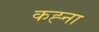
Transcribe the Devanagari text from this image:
कह्ना